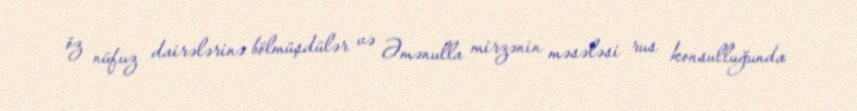
öz nüfuz dairələrinə bölmüşdülər və Əmənulla mirzənin məsələsi rus konsulluğunda